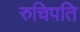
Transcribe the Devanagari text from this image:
रुचिपति